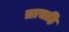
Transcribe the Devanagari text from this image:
त्रासहि